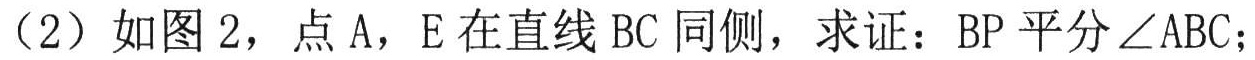
（2）如图 2，点 A，E 在直线 BC 同侧，求证：BP 平分\(\angle ABC\)；